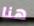
هنا